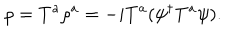
\rho = { T } ^ { a } \rho ^ { a } = - i { T } ^ { a } ( \psi ^ { \dagger } { T } ^ { a } \psi ) .